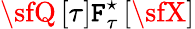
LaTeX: {\sfQ}\left[\tau\right]{\sf\mathtt{F}}_{\tau}^{\star}\left[\sfX\right]